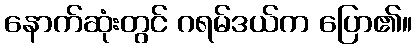
နောက်ဆုံးတွင် ဂရမ်ဒယ်က ပြော၏။